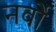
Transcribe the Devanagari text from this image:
नर्वो